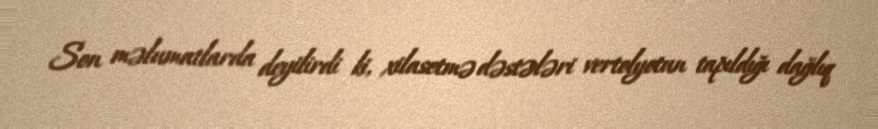
Son məlumatlarda deyilirdi ki, xilasetmə dəstələri vertolyotun tapıldığı dağlıq